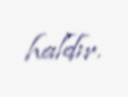
haldır.